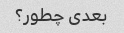
بعدی چطور؟